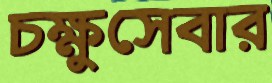
চক্ষুসেবার